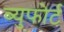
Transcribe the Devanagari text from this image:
ब्युफोर्ट